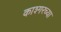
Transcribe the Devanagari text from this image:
काश्गरच्या